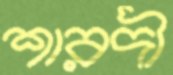
শারদী